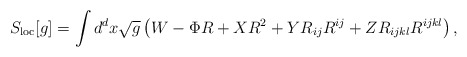
\begin{align*}S_{\rm loc}[g] = \int d^d x\sqrt{g}\left( W - \Phi R + XR^2 + YR_{ij}R^{ij} + ZR_{ijkl}R^{ijkl}\right),\end{align*}